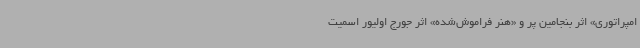
امپراتوری» اثر بنجامین پر و «هنر فراموش‌شده» اثر جورج اولیور اسمیت